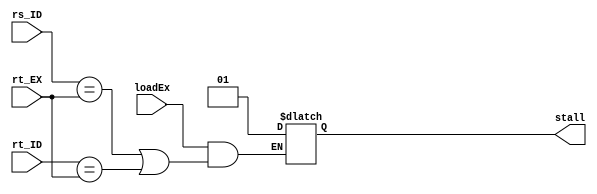
module HazzardUnit(input [2:0] rs_ID, rt_ID, rt_EX, input loadEx, output reg [1:0] stall);

	always @(*) begin
		if(loadEx & (rs_ID == rt_EX | rt_ID == rt_EX)) stall = 2'b01;
		else stall <= stall;
	end
endmodule

//////////&